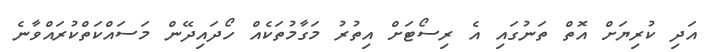
އަދި ކުރިޔަށް އޮތް ތަނުގައި އެ ރިސޯޓަށް އިތުރު މަގާމުތަކެއް ހޯދައިދޭން މަސައްކަތްކުރައްވާނެ